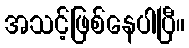
အသင့်ဖြစ်နေပါပြီ။